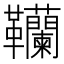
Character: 韊